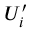
U _ { i } ^ { \prime }